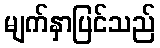
မျက်နှာပြင်သည်